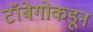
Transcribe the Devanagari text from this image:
टॉबेगोकडून